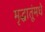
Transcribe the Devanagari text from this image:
मृद्धातूंमधे